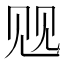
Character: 𲁓